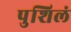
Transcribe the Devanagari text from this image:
पुशिलं